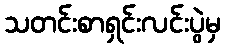
သတင်းစာရှင်းလင်းပွဲမှ